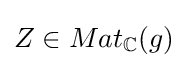
Z\in Mat_{\mathbb {C} }(g)